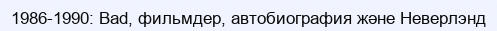
1986-1990: Bad, фильмдер, автобиография және Неверлэнд